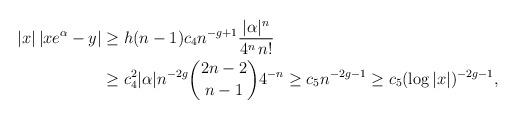
LaTeX: \begin{align*} |x|\,|xe^\alpha-y| &\ge h(n-1)c_4 n^{-g+1}\frac{|\alpha|^n}{4^n\,n!} \\ &\ge c_4^2|\alpha| n^{-2g}\binom{2n-2}{n-1}4^{-n} \ge c_5 n^{-2g-1} \ge c_5 (\log |x|)^{-2g-1},\end{align*}